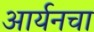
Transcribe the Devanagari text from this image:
आर्यनचा